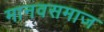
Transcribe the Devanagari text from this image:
मानवसमाज